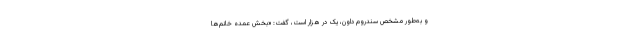
و به‌طور مشخص سندروم داون، یک در هزار است، گفت: «بخش عمده خانم‌ها